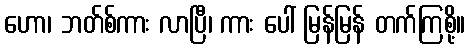
ဟော၊ ဘတ်စ်ကား လာပြီ၊ ကား ပေါ် မြန်မြန် တက်ကြစို့။